Subject: physics
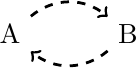
LaTeX code:
\raisebox{-0.9em}{ \begin{tikzpicture}[transform shape,line width=1pt]
\node (A) at (0,0) {A};
\node (B) at (1.5,0) {B};
\path[draw]
(A) edge[bend right=-40,black,dashed,->] (B)
(B) edge[bend right=-40,black,-latex,dashed,->] (A);
\end{tikzpicture}}